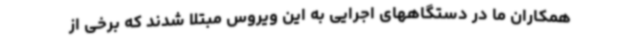
همکاران ما در دستگاههای اجرایی به این ویروس مبتلا شدند که برخی از